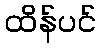
ထိန်ပင်